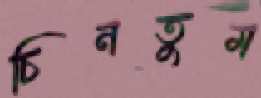
চিনতুম